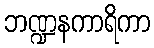
ဘဏ္ဍနကာရိကာ